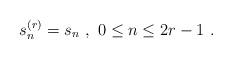
LaTeX: \begin{align*} s_{n}^{(r)} = s_{n} \ , \ 0 \leq n \leq 2 r -1 \ .\end{align*}